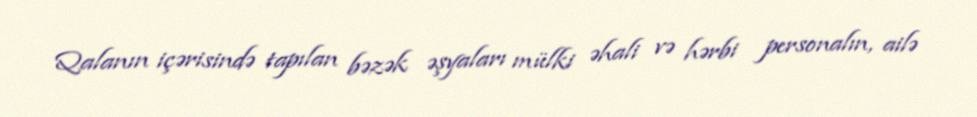
Qalanın içərisində tapılan bəzək əşyaları mülki əhali və hərbi personalın, ailə